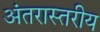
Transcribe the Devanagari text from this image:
अंतरास्तरीय